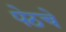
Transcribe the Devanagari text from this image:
पेठचे